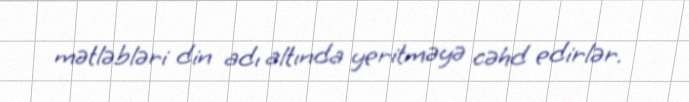
mətləbləri din adı altında yeritməyə cəhd edirlər.